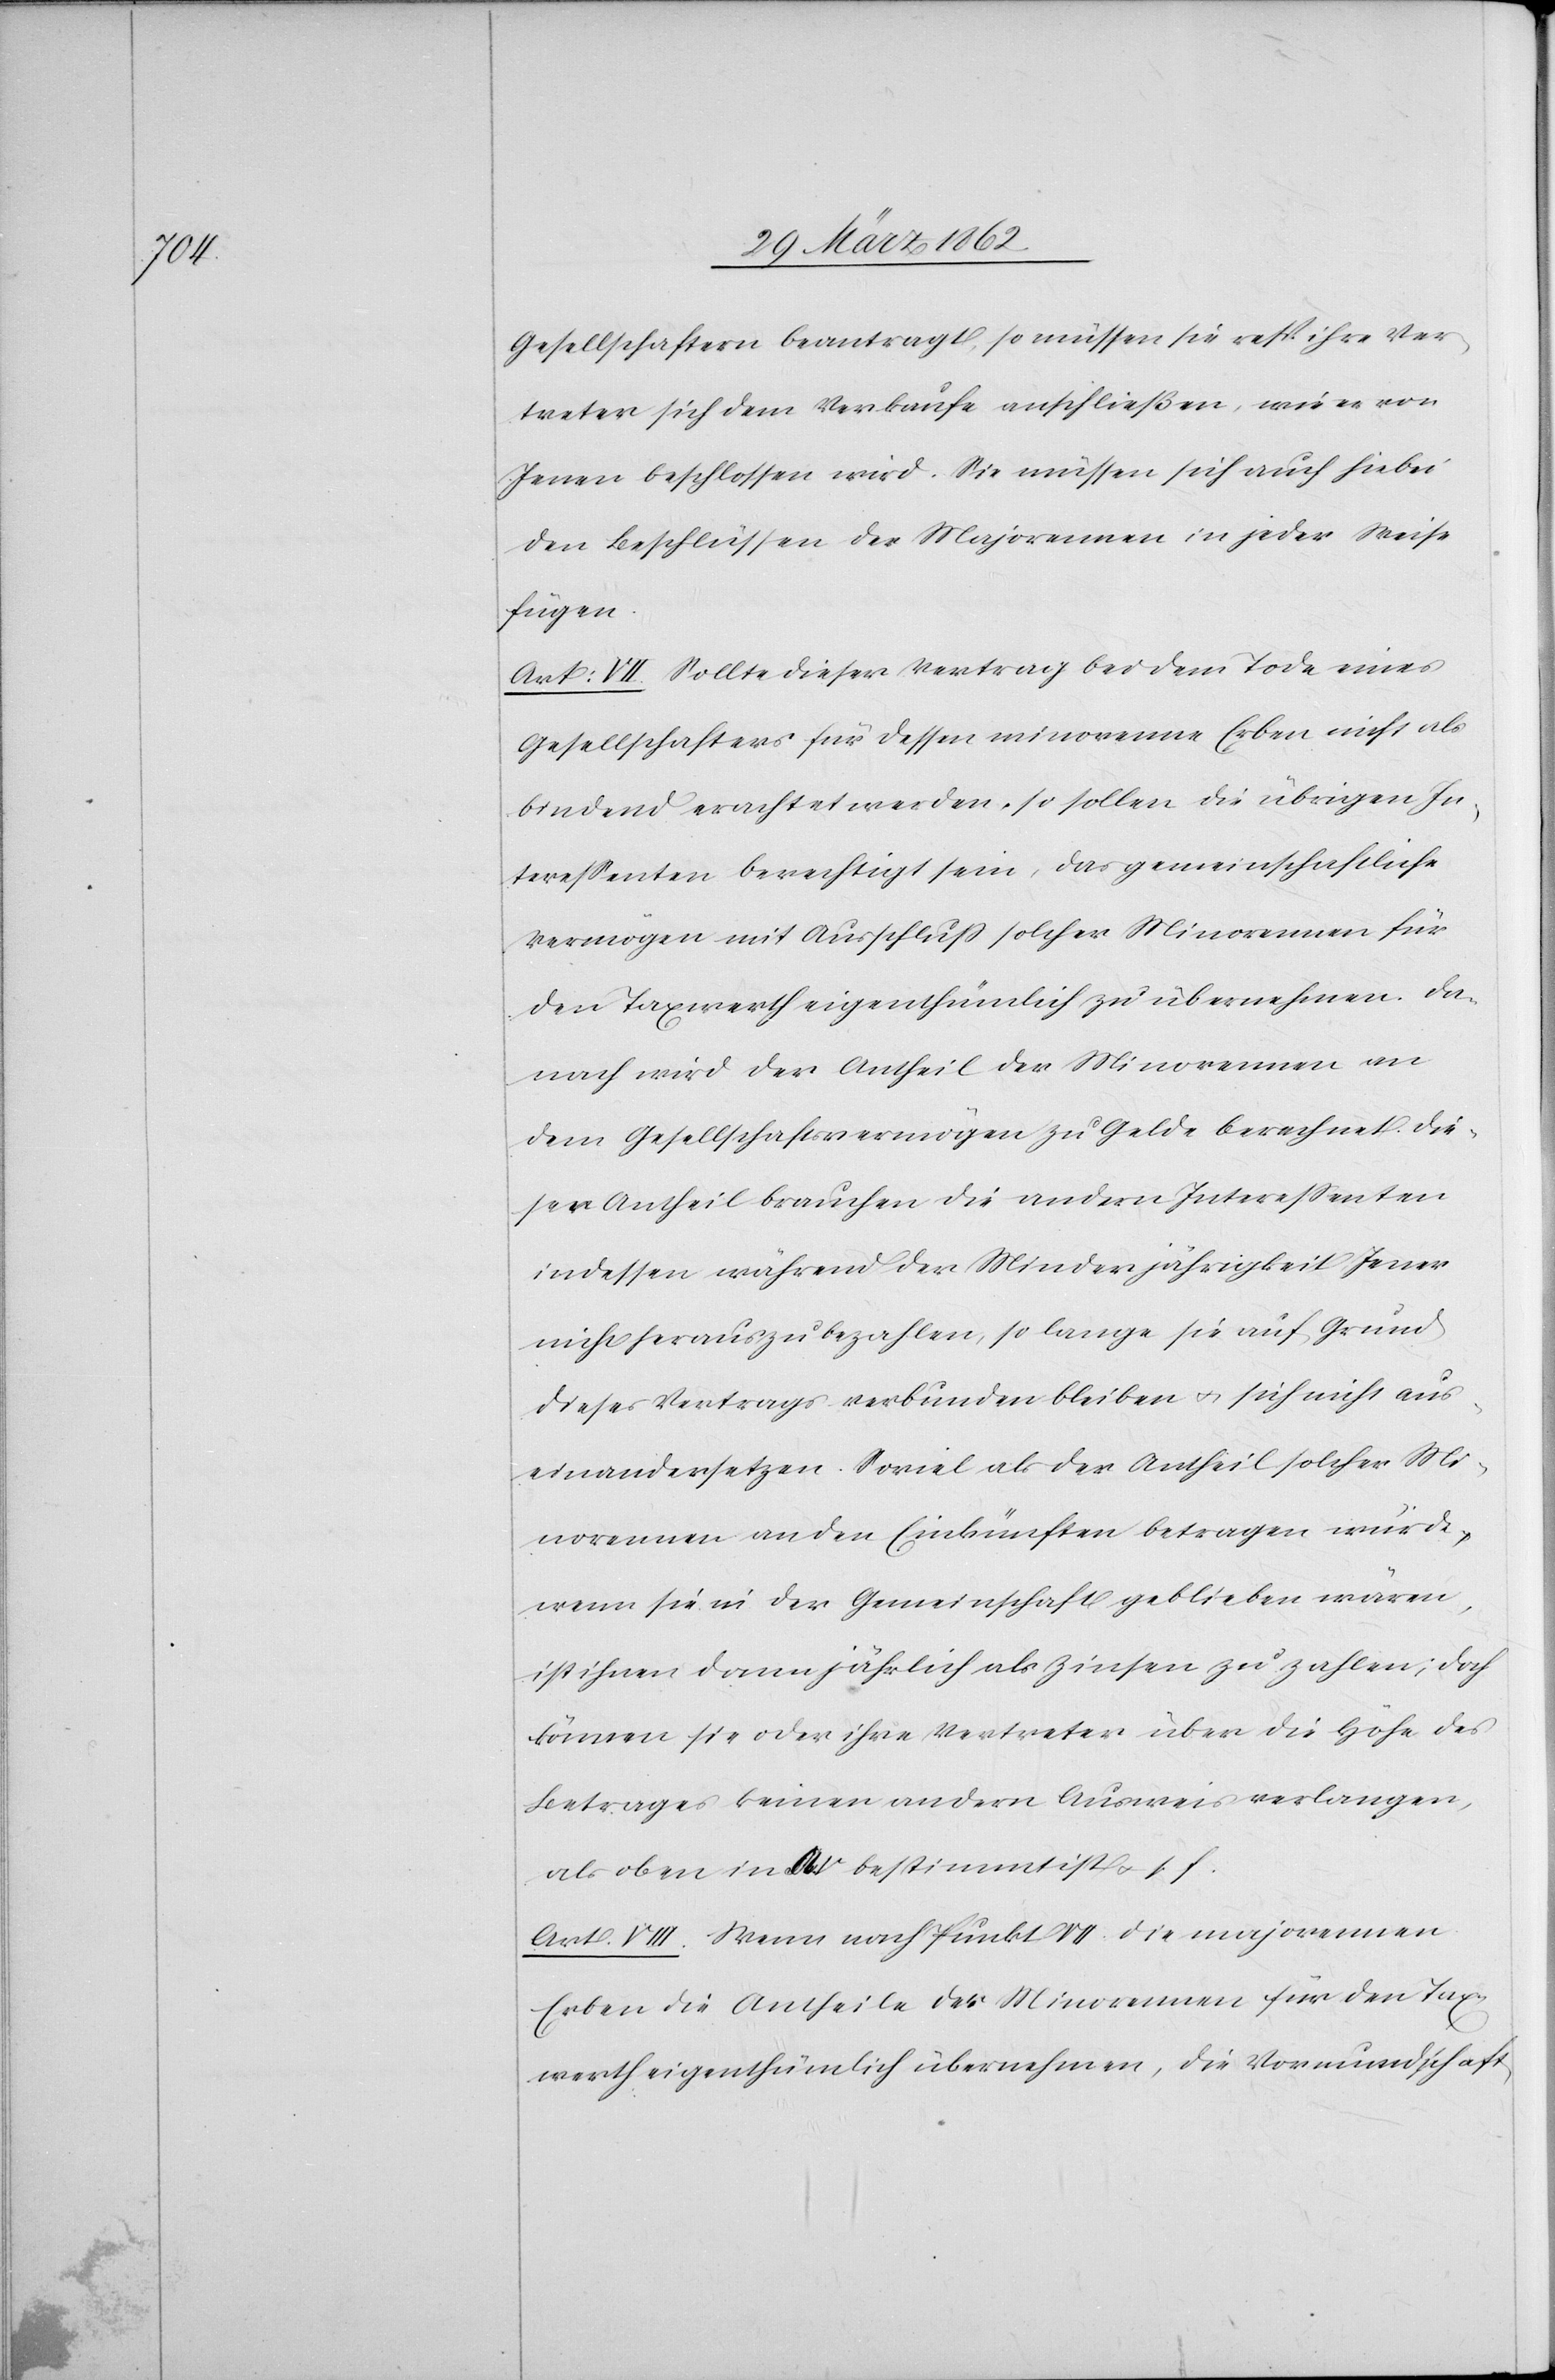
Gesellschaftern beantragt, so müssen sie resp ihre Ver¬
treter sich dem Verkaufe anschließen, wie es von
jenen beschlossen wird. Sie müssen sich auch hiebei
den Beschlüssen der Majorennen in jeder Weise
fügen.
Art: VII. Sollte dieser Vertrag bei dem Tode eines
Gesellschafters für dessen minorenne Erben nicht als
bindend erachtet werden, so sollen die übrigen In¬
tereßenten berechtigt sein, das gemeinschaftliche
Vermögen mit Ausschluß solcher Minorennen für
den Taxwerth eigenthümlich zu übernehmen. Da¬
nach wird der Antheil der Minorennen an
dem Gesellschaftsvermögen zu Gelde berechnet. Die¬
ser Antheil brauchen die andern Intereßenten
indessen während der Minderjährigkeit Jener
nicht herauszubezahlen, so lange sie auf Grund
dieses Vertrags verbunden bleiben u. sich nicht aus¬
einandersetzen. Soviel als der Antheil solcher Mi¬
norennen an den Einkünften betragen würde,
wenn sie in der Gemeinschaft geblieben wären,
ist ihnen dann jährlich als Zinsen zu zahlen; doch
können sie oder ihre Vertreter über die Höhe des
Betrages keinen andern Ausweis verlangen,
als oben in [?A. V] bestimmt ist u. s. f.
Art. VIII. Wenn nach Punkt VII. die majorennen
Erben die Antheile der Minorennen für den Tax¬
werth eigenthümlich übernehmen, die Vormundschaft